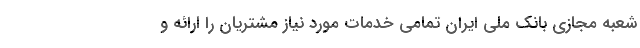
شعبه مجازی بانک ملی ایران تمامی خدمات مورد نیاز مشتریان را ارائه و